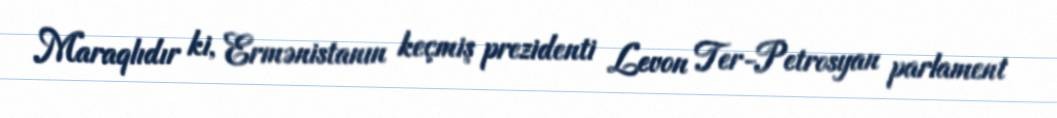
Maraqlıdır ki, Ermənistanın keçmiş prezidenti Levon Ter-Petrosyan parlament